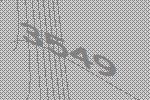
3549